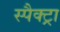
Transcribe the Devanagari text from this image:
स्पैक्ट्रा